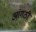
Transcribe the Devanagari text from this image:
आंगठी